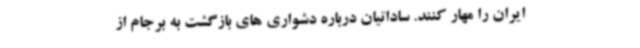
ایران را مهار کنند. ساداتیان درباره دشواری های بازگشت به برجام از